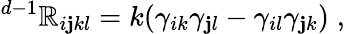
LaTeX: {}^{d-1}\mathbb{R}_{i\mathbf{j}kl}=k(\gamma_{ik}\gamma_{\mathbf{j}l}-\gamma_{il}\gamma_{\mathbf{j}k})\; ,